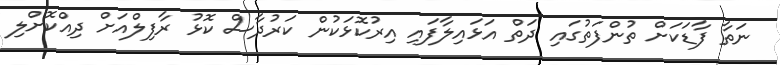
ނަތާ ފާޑަކަށް ތުންފަތުގައި ދަތް އަޅައިލާފައި އިރުކޮޅަކުން ކަރުދާސް ކޮޅު ރާފިލްއަށް ދިއްކޮށްލި